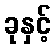
ခုနှင့်